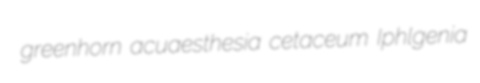
greenhorn acuaesthesia cetaceum Iphlgenia